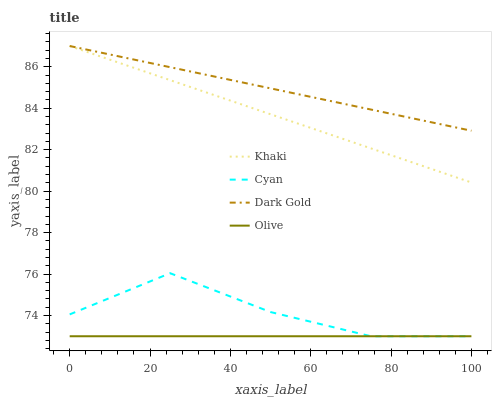
| xaxis_label | Khaki | Cyan | Dark Gold | Olive |
 | --- | --- | --- | --- | --- |
 | 0 | 87 | 74.1 | 87 | 73 |
 | 25 | 85.4 | 76 | 86 | 73 |
 | 50 | 83.7 | 74.2 | 85 | 73 |
 | 75 | 82.1 | 73 | 83.9 | 73 |
 | 100 | 80.4 | 73 | 82.9 | 73 |